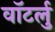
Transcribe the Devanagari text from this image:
वॉटर्लु